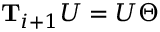
\mathbf { T } _ { i + 1 } U = U \Theta